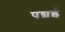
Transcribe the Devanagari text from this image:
पद्मई